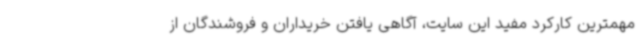
مهمترین کارکرد مفید این سایت، آگاهی یافتن خریداران و فروشندگان از